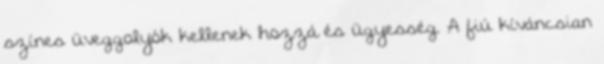
színes üveggolyók kellenek hozzá és ügyesség. A fiú kíváncsian